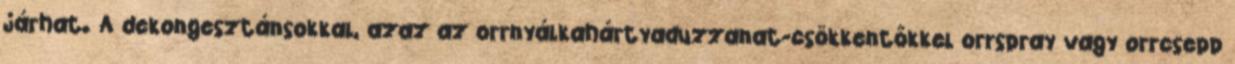
járhat. A dekongesztánsokkal, azaz az orrnyálkahártyaduzzanat-csökkentőkkel orrspray vagy orrcsepp